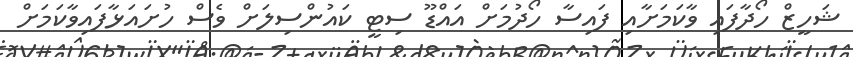
ޝަހީޒް ހޯދާފައި ވާކަމަށާއި ފައިސާ ހޯދުމަށް އައްޑޫ ސިޓީ ކައުންސިލަށް ވެސް ހުށައަޅާފައިވާކަމަށް